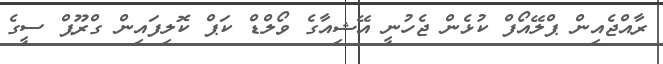
ރާއްޖެއިން ޕްލޭއޯފް ކުޅެން ޖެހުނީ އޭޝިއާގެ ވޯލްޑް ކަޕް ކޮލިފައިން ގްރޫޕް ސީގެ